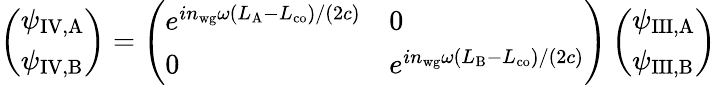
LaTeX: \left(\begin{array}{l}{\psi_{\mathrm{IV,A}}}\\ {\psi_{\mathrm{IV,B}}}\end{array}\right)=\left(\begin{array}{ll}{e^{in_{\mathrm{wg}}\omega(L_{\mathrm{A}}-L_{\mathrm{co}})/(2c)}}&{0}\\ {0}&{e^{in_{\mathrm{wg}}\omega(L_{\mathrm{B}}-L_{\mathrm{co}})/(2c)}}\end{array}\right)\left(\begin{array}{l}{\psi_{\mathrm{III,A}}}\\ {\psi_{\mathrm{III,B}}}\end{array}\right)